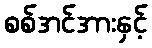
စစ်အင်အားနှင့်